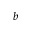
b